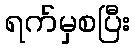
ရက်မှစပြီး